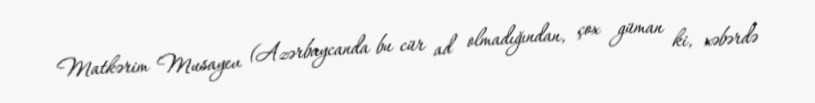
Matkərim Musayev (Azərbaycanda bu cür ad olmadığından, çox güman ki, xəbərdə